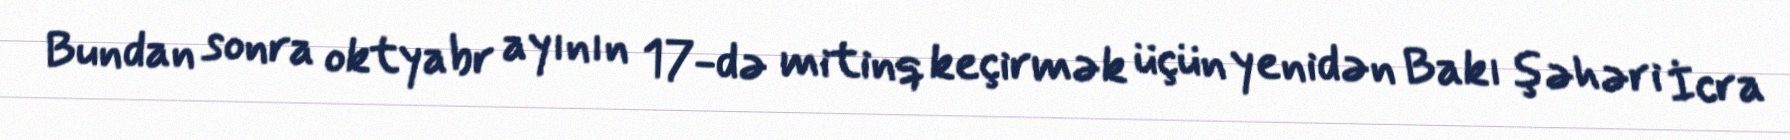
Bundan sonra oktyabr ayının 17-də mitinq keçirmək üçün yenidən Bakı şəhəri İcra